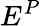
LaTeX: E^{P}